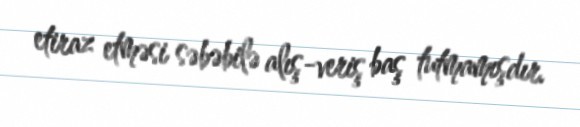
etiraz etməsi səbəbilə alış-veriş baş tutmamışdır.